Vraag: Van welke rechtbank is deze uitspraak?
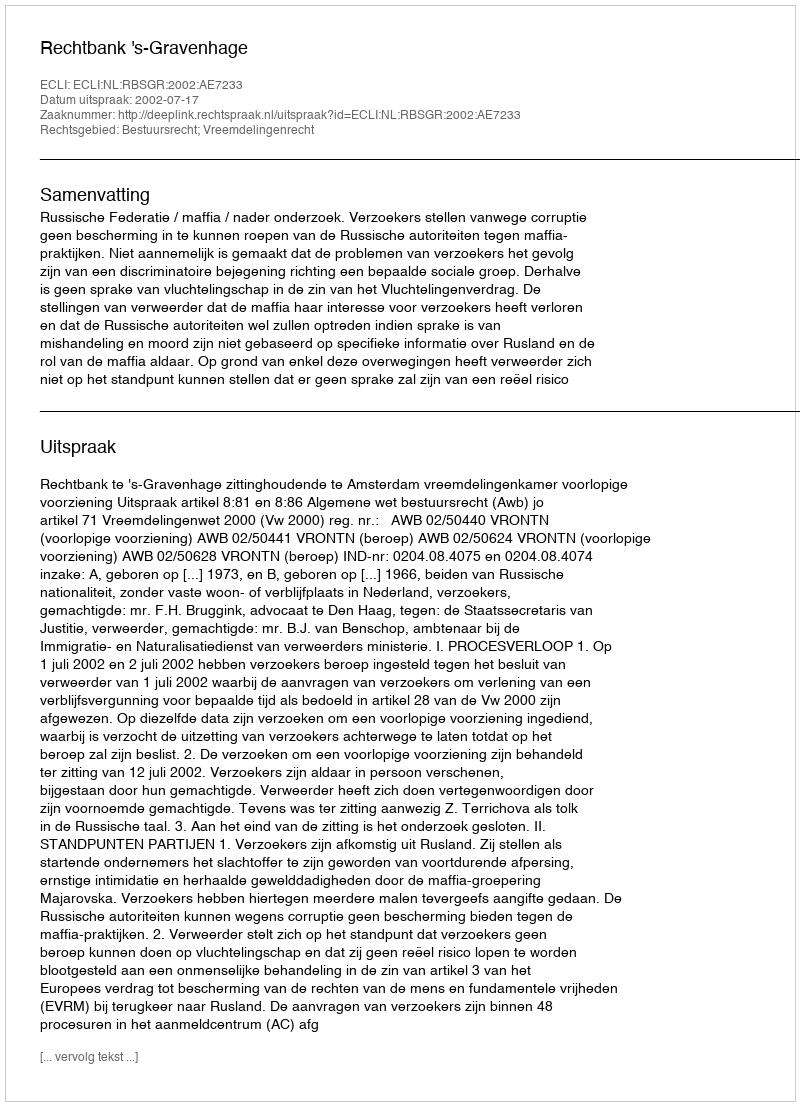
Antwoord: Rechtbank 's-Gravenhage